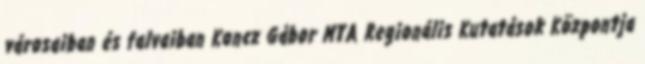
városaiban és falvaiban Koncz Gábor MTA Regionális Kutatások Központja